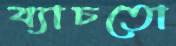
ব্যাচতো